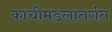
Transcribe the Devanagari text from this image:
कांचीमंडलांतर्गत